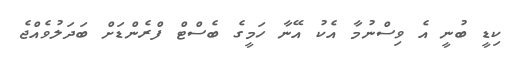
ކިޑީ ބުނީ އެ ވިސްނުމާ އެކު އޭނާ ހަމީގެ ބެސްޓް ފްރެންޑަށް ބަދަލުވެއްޖެ